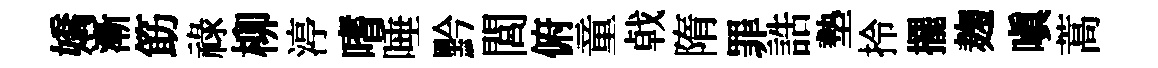
嬌漸筯祿柳渟嗜唾黔閭俯童㦸隋罪誥墊拎擺麹嗔蒿